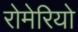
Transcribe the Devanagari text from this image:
रोमेरियो